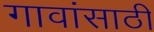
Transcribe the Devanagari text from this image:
गावांसाठी